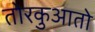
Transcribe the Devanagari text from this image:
तोरकुआतो